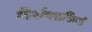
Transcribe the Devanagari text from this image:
निर्माणशक्तियों